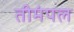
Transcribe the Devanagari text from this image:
तीमंपल